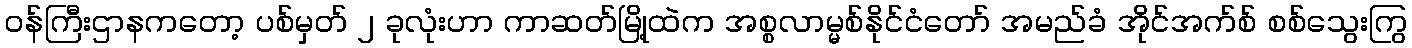
ဝန်ကြီးဌာနကတော့ ပစ်မှတ် ၂ ခုလုံးဟာ ကာဆတ်မြို့ထဲက အစ္စလာမ္မစ်နိုင်ငံတော် အမည်ခံ အိုင်အက်စ် စစ်သွေးကြွ